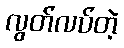
လွတ်လပ်တဲ့